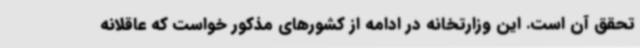
تحقق آن است. این وزارتخانه در ادامه از کشورهای مذکور خواست که عاقلانه